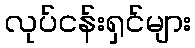
လုပ်ငန်းရှင်များ